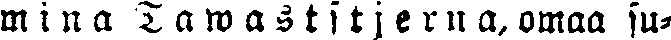
m i n a  T a w a s t s t j e r n a, omaa su-